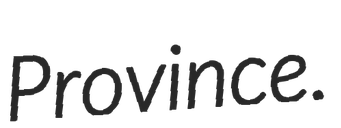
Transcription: Province.